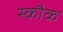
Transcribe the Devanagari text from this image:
स्कौक